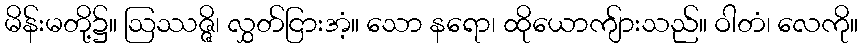
မိန်းမတို့၌။ ဩဿဇ္ဇိ၊ လွှတ်ငြားအံ့။ သော နရော၊ ထိုယောကျ်ားသည်။ ဝါတံ၊ လေကို။